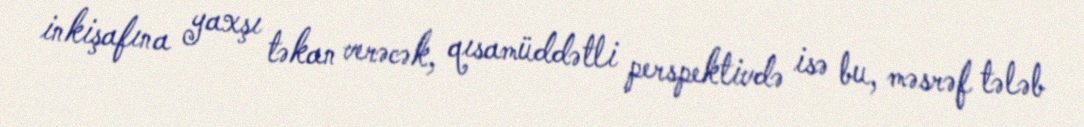
inkişafına yaxşı təkan verəcək, qısamüddətli perspektivdə isə bu, məsrəf tələb